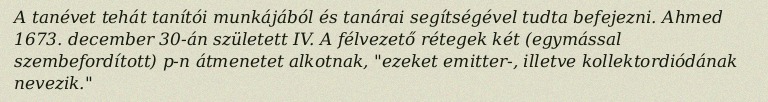
A tanévet tehát tanítói munkájából és tanárai segítségével tudta befejezni. Ahmed 1673. december 30-án született IV. A félvezető rétegek két (egymással szembefordított) p-n átmenetet alkotnak, "ezeket emitter-, illetve kollektordiódának nevezik."